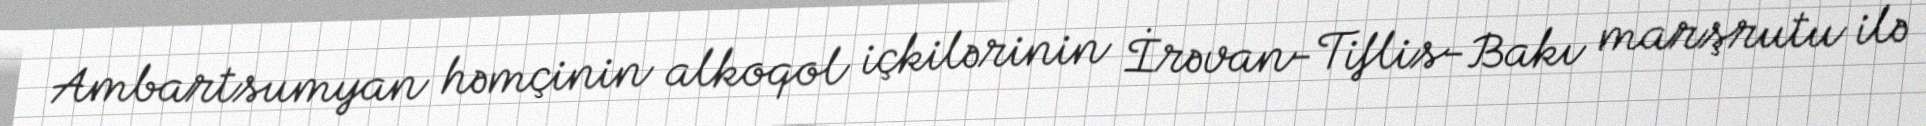
Ambartsumyan həmçinin alkoqol içkilərinin İrəvan-Tiflis-Bakı marşrutu ilə